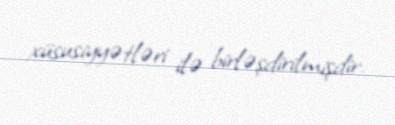
xüsusiyyətləri ilə birləşdirilmişdir.